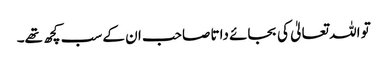
تو اللہ تعالیٰ کی بجائے داتا صاحب ان کے سب کچھ تھے۔